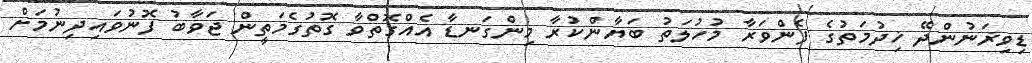
ޑިވިޜަނުންދޭ ޚިދުމަތުގެ ފެންވަރާ މުހުލަތު ބަޔާންކުރާ މިންގަނޑާ އެއްގޮތްވާ ގޮތުގެމަތީން ޖަވާބު ފޮނުވައިދިނުމަށް